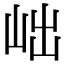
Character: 𡶏